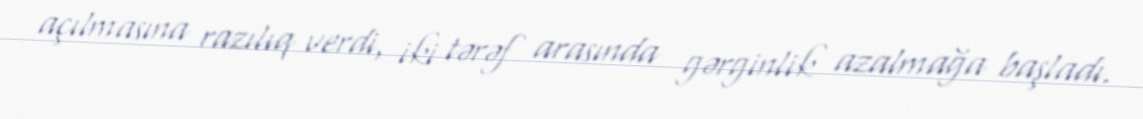
açılmasına razılıq verdi, iki tərəf arasında gərginlik azalmağa başladı.